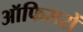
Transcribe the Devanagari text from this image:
ऑफिसरों